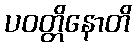
ပဝတ္တိနောတိ